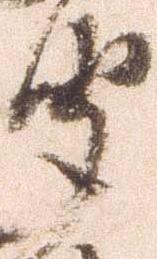
聞